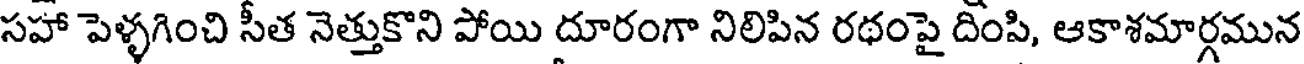
సహా పెళ్ళగించి సీత నెత్తుకొని పోయి దూరంగా నిలిపిన రథంపై దింపి, ఆకాశమార్గమున